Medical and sanitary report on the native army of Bombay for the year
Year: 1878
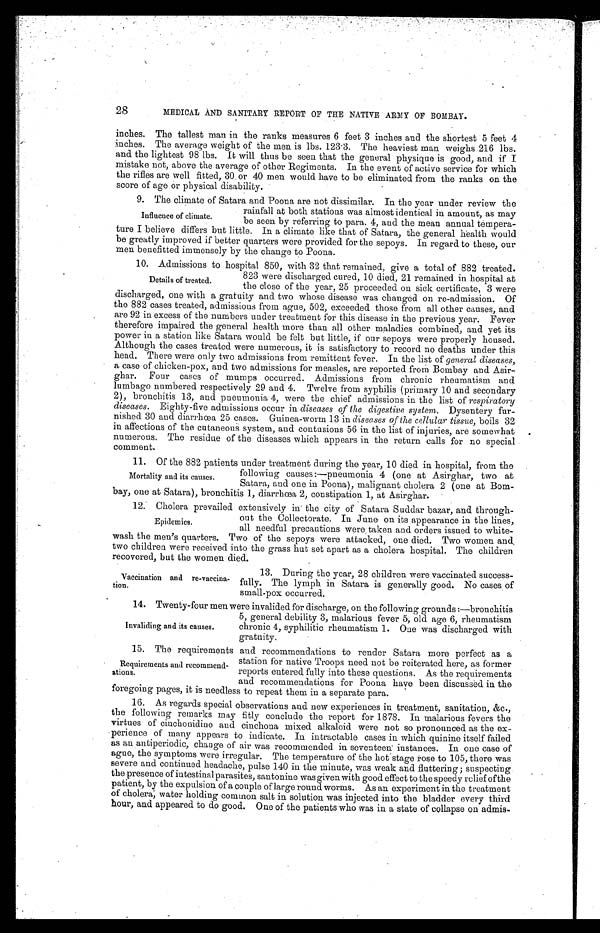
28
MEDICAL AND SANITARY REPORT OF THE NATIVE ARMY OF BOMBAY.
inches. The tallest man in the ranks measures 6 feet 3 inches and the shortest 5 feet 4
inches. The average weight of the men is lbs. 123 . 3. The heaviest man weighs 216 lbs.
and the lightest 98 lbs. It will thus be seen that the general physique is good, and if I
mistake not, above the average of other Regiments. In the event of active service for which
the rifles are well fitted, 30, or 40 men would have to be eliminated from the ranks on the
score of age or physical disability.
9. The climate of Satara and Poona are not dissimilar. In the year under review the
Influence of climate.
rainfall at both stations was almost identical in amount, as may
be seen by referring to para. 4, and the mean annual tempera-
ture I believe differs but little. In a climate like that of Satara, the general health would
be greatly improved if better quarters were provided for the sepoys. In regard to these, our
men benefitted immensely by the change to Poona.
10. Admissions to hospital 850, with 32 that remained, give a total of 882 treated.
Details of treated.
823 were discharged. cured, 10 died, 21 remained in. hospital at
the close of the year, 25 Proceeded on sick certificate, 3 were
discharged, one with a gratuity and two whose disease was changed on re-admission. Of
the 882 cases treated, admissions from ague, 502, exceeded those from all other causes, and
are 92 in excess of the numbers under treatment for this disease in the previous year. Fever
therefore impaired the general health more than all other maladies combined, and yet its
power in a station like Satara would be felt but little, if our sepoys were properly housed.
Although the cases treated were numerous, it is satisfactory to record no deaths under this
head. There were only two admissions from remittent fever. In the list of general diseases,
a case of chicken-pox, and two admissions for measles, are reported from Bombay and Asir-
ghar. Four cases of mumps occurred. Admissions from chronic rheumatism and
lumbago numbered respectively 29 and 4. Twelve from syphilis (primary 10 and secondary
2), bronchitis 13, and pneumonia 4, were the chief admissions in the list of respiratory
diseases. Eighty-five admissions occur in diseases of the digestive system. Dysentery fur-
nished 30 and diarrhoea 25 cases. Guinea-worm 13 in diseases of the cellular tissue, boils 32
in affections of the cutaneous system, and contusions 56 in the list of injuries, are somewhat
numerous. The residue of the diseases which appears in the return calls for no special
comm out.
11. Of the 882 patients under treatment during the year, 10 died in hospital, from the
Mortality and its causes.
following causes:—pneumonia 4 (one at Asirghar, two at
Satara, and one in Poona), malignant cholera 2 (one at Bom-
bay, one at Satara), bronchitis 1, diarrhoea 2, constipation 1, at Asirghar.
12: Cholera prevailed extensively in the city of Satara Suddar bazar, and through-
Epidemics.
out the Collectorate. In June . on its appearance in the lines,
all needful precautions were taken and orders issued to white-
wash the men's quarters. Two of the sepoys were attacked, one died. Two women and,
two children were received into the grass hut set apart as a cholera hospital. The children
recovered, but the women died.
Vaccination and revaccina-
tion.
13. During the year, 28 children wore vaccinated success-
fully. The lymph in Satara is generally good. No cases , of
small-pox occurred.
14. Twenty-four men were invalided for discharge, on the following grounds :—bronchitis
Invaliding and its causes.
5, general debility 3, malarious fever 5, old age 6, rheumatism
chronic 4, syphilitic rheumatism 1. One was discharged with
gratuity.
15. The requirements and recommendations to render Satara more perfect as a
Requirements and recommend-
ations.
station for native Troops need not be reiterated here, as former
reports entered fully into these questions. As the requirements
and recommendations for Poona have been discussed in the
foregoing pages, it is needless to repeat them in a separate para.
16. As regards special observations and new experiences in treatment, sanitation, &c.,
the following remarks may fitly conclude the report for 1878. In malarious fevers the
virtues of ciuchonidino and cinchona mixed alkaloid were not so pronounced as the ex-
perience of many appears to indicate. In intractable cases in which quinine itself failed
as an antiperioclic, change of air was recommended in seventeen' instances. In one case of
ague, the symptoms were irregular. The temperature of the hot stage rose to 105, there was
severe and continued headache, pulse 140 in the minute, was weak and fluttering; suspecting
the presence of intestinal parasites, santonine was given with good effect to the speedy relief of the
patient, by the expulsion of a couple of large round worms. As an experiment in the treatment
of cholera, water holding common salt in solution was injected into the bladder every third
hour, and appeared to do good. One of the patients who was in a state of collapse on admis-